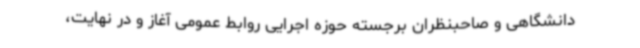
دانشگاهی و صاحبنظران برجسته حوزه اجرایی روابط عمومی آغاز و در نهایت،